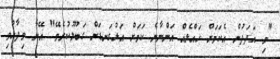
"މި އަދަދުން އެކަމަށް ހައްލެއް އަންނާނެ ކަމަށް އަޅުގަނޑަށް ގަބޫލުކުރެވޭ" އޭނާ ވިދާޅުވި